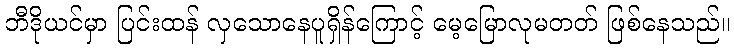
ဘီဒိုယင်မှာ ပြင်းထန် လှသောနေပူရှိန်ကြောင့် မေ့မြောလုမတတ် ဖြစ်နေသည်။